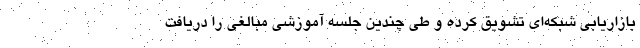
بازاریابی شبکه‌ای تشویق کرده و طی چندین جلسه آموزشی مبالغی را دریافت